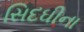
સિદઘીના